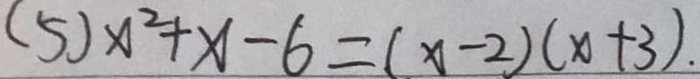
( 5 ) x ^ { 2 } + x - 6 = ( x - 2 ) ( x + 3 ) .